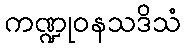
ကဏ္ဍုဝနသဒိသံ